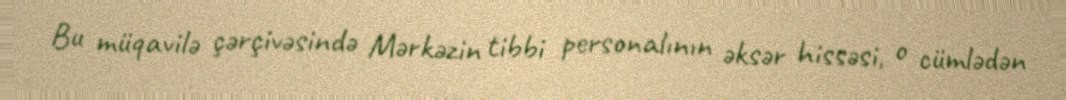
Bu müqavilə çərçivəsində Mərkəzin tibbi personalının əksər hissəsi, o cümlədən